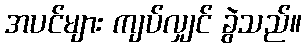
အပင်များ ကျပ်လျှင် ခွဲသည်။